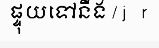
ផ្ទុយទៅនឹង / j   r